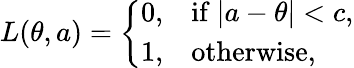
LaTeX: L(\theta,a)={\left\{ \begin{array}{ll}{0,}&{{\mathrm{if~}}|a-\theta|<c,}\\ {1,}&{{\mathrm{otherwise}},}\end{array}\right.}